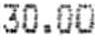
30.00